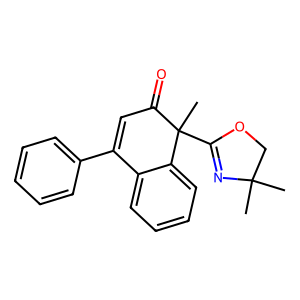
SMILES: CC1(C)COC(C2(C)C(=O)C=C(c3ccccc3)c3ccccc32)=N1
Inhibits HIV replication: No